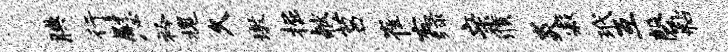
腆行慰衿槐久墩掘献莒崔右绿亲濮炎寂玳互磬粘